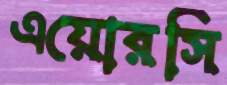
এয়োরসি